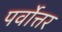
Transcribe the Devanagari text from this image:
पर्वोत्तर